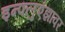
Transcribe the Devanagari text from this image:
इन्फ्लुएंझावर